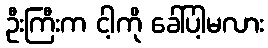
ဦးကြီးက ငါ့ကို ခေါ်ပါ့မလား